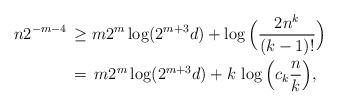
LaTeX: \begin{align*}n2^{-m-4} \,&\geq m2^{m}\log(2^{m+3}d) +\log\Big(\frac{2n^k}{(k-1)!}\Big) \\\,&= \, m2^{m}\log(2^{m+3}d) + k\, \log\Big(c_k \frac{n}{k}\Big),\end{align*}